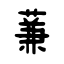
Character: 蒹